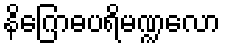
နိဂြောဓပရိမဏ္ဍလော